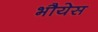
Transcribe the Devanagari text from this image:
भौयेस